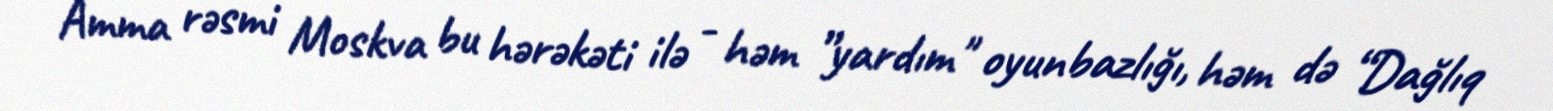
Amma rəsmi Moskva bu hərəkəti ilə - həm ”yardım" oyunbazlığı, həm də “Dağlıq